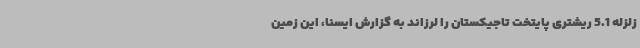
زلزله 5.1 ریشتری پایتخت تاجیکستان را لرزاند به گزارش ایسنا، این زمین